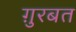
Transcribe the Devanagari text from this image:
ग़ुरबत